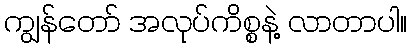
ကျွန်တော် အလုပ်ကိစ္စနဲ့ လာတာပါ။